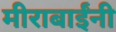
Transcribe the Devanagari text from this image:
मीराबाईंनी